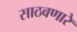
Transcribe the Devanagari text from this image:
साठवणारे